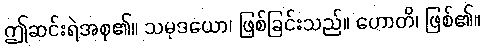
ဤဆင်းရဲအစု၏။ သမုဒယော၊ ဖြစ်ခြင်းသည်။ ဟောတိ၊ ဖြစ်၏။